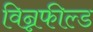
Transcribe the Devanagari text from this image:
विन्नफील्ड